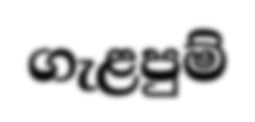
ගැළපුම්